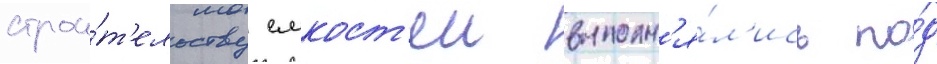
строи́т'ельству емкост'еи выполн'я́л'ись по́д